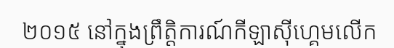
២០១៥ នៅក្នុងព្រឹត្តិការណ៍កីឡាស៊ីហ្គេមលើក